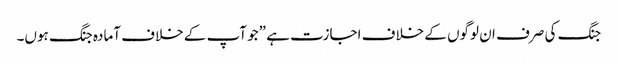
جنگ کی صرف ان لوگوں کے خلاف اجازت ہے ”جو آپ کے خلاف آمادہ جنگ ہوں۔